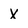
Character: X